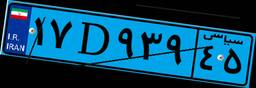
۵۸D۷۸۷۱۶